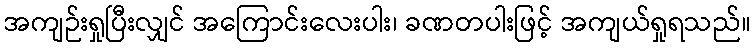
အကျဉ်းရှုပြီးလျှင် အကြောင်းလေးပါး၊ ခဏတပါးဖြင့် အကျယ်ရှုရသည်။